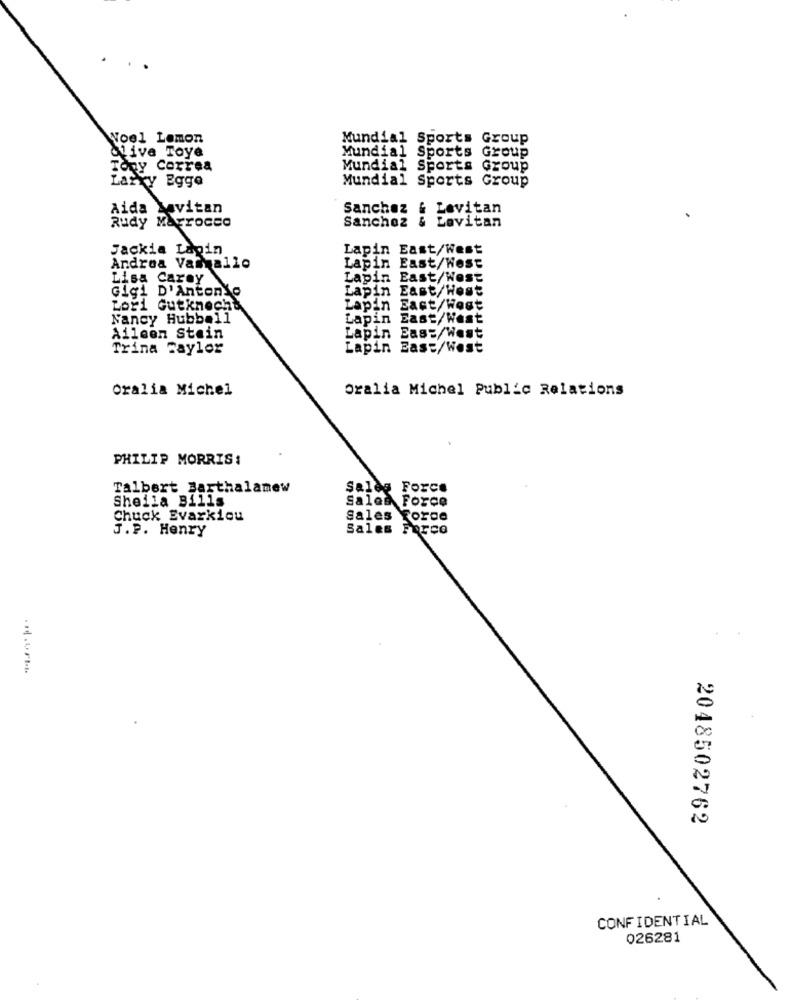
Noel Lemon
Mundial Sports Group
Olive Toye
Mundial Sports Group
Tony Correa
Mundial Sports Group
Larry Egge
Mundial Sports Group
Aida Lavitan
Sanchez & Lovitan
Sanchez & Lavitan
Rudy Marrocco
Jackia Lapin
Lapin East/West
Andrea Varallo
Lapin East/West
Lisa Caroy
Lapin East/West
Gigi D'Antonio
Lapin East/West
Lori Gutknecht
Lapin East/West
Nancy Hubbell
Lapin East/West
Aileen Stein
Lapin East/West
Trina Taylor
Lapin East/West
Oralia Michel
Oralia Michel Public Relations
PHILIP MORRIS:
Talbert Barthalamew
Sales Force
Sheila Bills
Sales Force
Chuck Evarkiou
Sales Force
J.P. Henry
Sales Force
2048502762
CONFIDENTIAL
026281